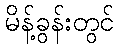
မိန့်ခွန်းတွင်